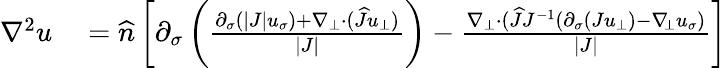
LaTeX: \begin{array}{rl}{\nabla^{2}u}&{{}=\widehat{n}\left[\partial_{\sigma}\left(\frac{\partial_{\sigma}(|J|u_{\sigma})+\nabla_{\bot}\cdot(\widehat{J}u_{\bot})}{|J|}\right)-\frac{\nabla_{\bot}\cdot(\widehat{J}J^{-1}(\partial_{\sigma}(Ju_{\bot})-\nabla_{\! \bot}u_{\sigma})}{|J|}\right]}\end{array}